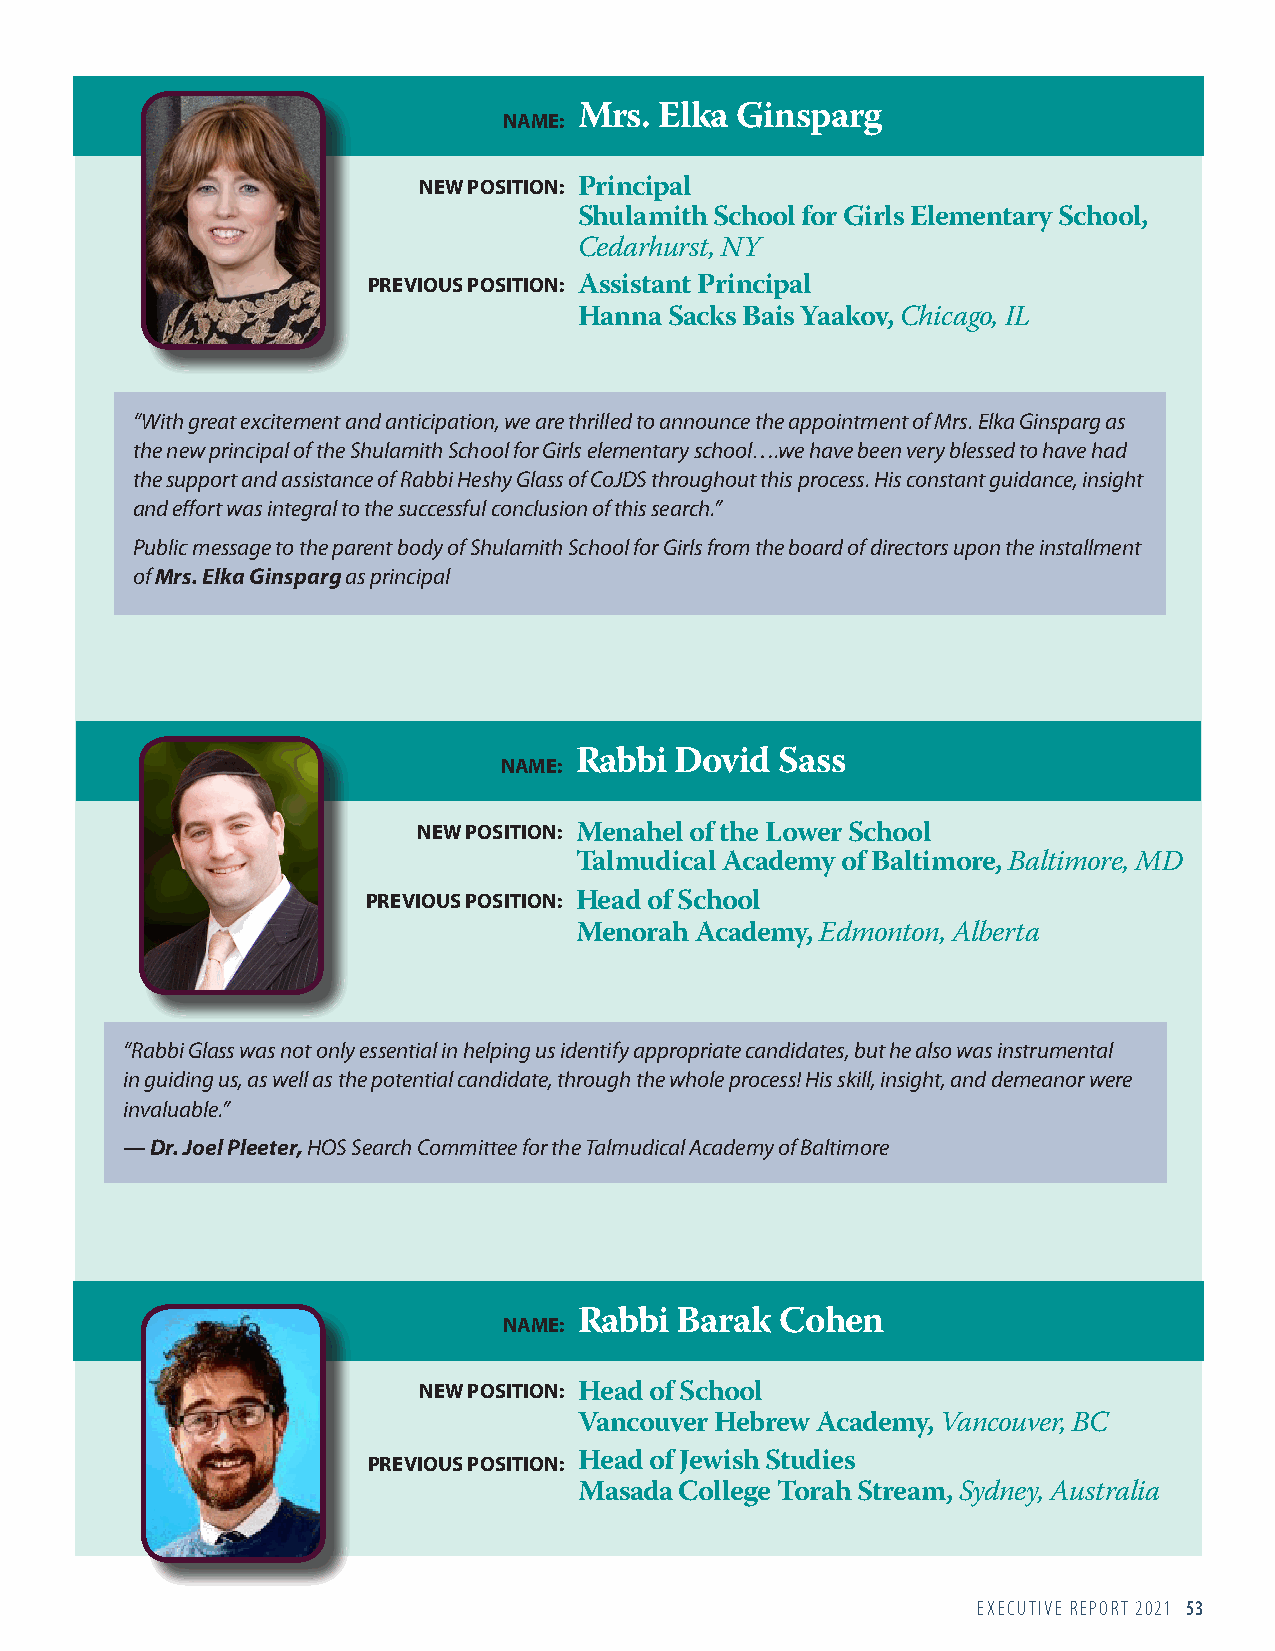
NAME: Mrs. Elka Ginsparg
 NEW POSITION: Principal
 Shulamith School for Girls Elementary School,
 Cedarhurst, NY
 PREVIOUS POSITION: Assistant Principal
 Hanna Sacks Bais Yaakov, Chicago, IL
 “With great excitement and anticipation, we are thrilled to announce the appointment of Mrs. Elka Ginsparg as
 the new principal of the Shulamith School for Girls elementary school….we have been very blessed to have had
 the support and assistance of Rabbi Heshy Glass of CoJDS throughout this process. His constant guidance, insight
 and effort was integral to the successful conclusion of this search.”
 Public message to the parent body of Shulamith School for Girls from the board of directors upon the installment
 of Mrs. Elka Ginsparg as principal
 NAME: Rabbi Dovid  Sass
 NEW POSITION: Menahel of the Lower School
 Talmudical Academy of Baltimore, Baltimore, MD
 PREVIOUS POSITION: Head of School
 Menorah Academy, Edmonton, Alberta
 “Rabbi Glass was not only essential in helping us identify appropriate candidates, but he also was instrumental
 in guiding us, as well as the potential candidate, through the whole process! His skill, insight, and demeanor were
 invaluable.”
 — Dr. Joel Pleeter, HOS Search Committee for the Talmudical Academy of Baltimore
 NAME: Rabbi Barak  Cohen
 NEW POSITION: Head of School
 Vancouver Hebrew Academy, Vancouver, BC
 PREVIOUS POSITION: Head of Jewish Studies
 Masada College Torah Stream, Sydney, Australia
 EXECUTIVE REPORT 2021 53